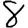
Digit: 8